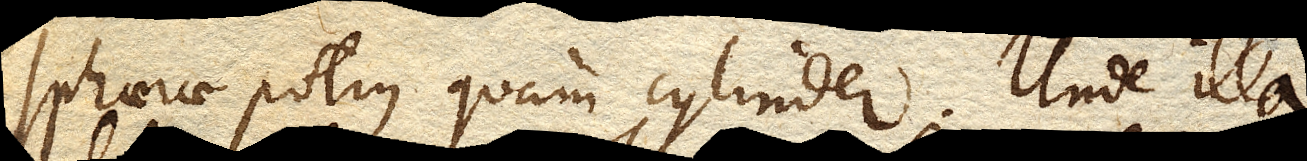
sphaerae potius quam cylinder. Unde illa